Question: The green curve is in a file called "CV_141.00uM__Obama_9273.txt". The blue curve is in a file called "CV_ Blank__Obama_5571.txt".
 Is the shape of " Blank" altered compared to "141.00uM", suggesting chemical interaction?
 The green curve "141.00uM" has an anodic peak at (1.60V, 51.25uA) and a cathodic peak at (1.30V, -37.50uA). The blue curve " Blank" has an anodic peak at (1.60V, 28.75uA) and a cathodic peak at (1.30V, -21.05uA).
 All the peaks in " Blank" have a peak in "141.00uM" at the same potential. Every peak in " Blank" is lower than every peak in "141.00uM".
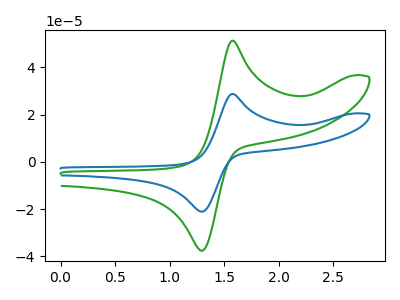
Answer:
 <answer>No, " Blank" and "141.00uM" don't appear to be significantly different in shape</answer>
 <eval>no_change</eval>